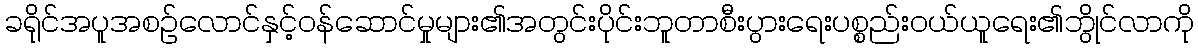
ခရိုင်အပူအစဉ်လောင်နှင့်ဝန်ဆောင်မှုများ၏အတွင်းပိုင်းဘူတာစီးပွားရေးပစ္စည်းဝယ်ယူရေး၏ဘွိုင်လာကို